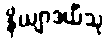
နိယျာဒယိံသု